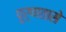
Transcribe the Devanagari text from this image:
पूर्णतासे